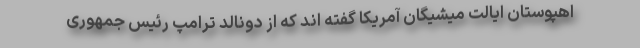
اهپوستان ایالت میشیگان آمریکا گفته اند که از دونالد ترامپ رئیس جمهوری